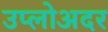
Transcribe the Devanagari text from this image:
उप्लोअदर